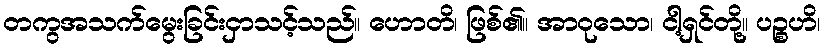
တကွအသက်မွေးခြင်းငှာသင့်သည်။ ဟောတိ၊ ဖြစ်၏။ အာဝုသော၊ ငါ့ရှင်တို့။ ပဉ္စဟိ၊